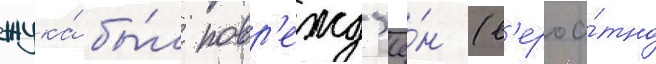
жука́ бы́л повр'ежд'ё́н (в'ероа́тно